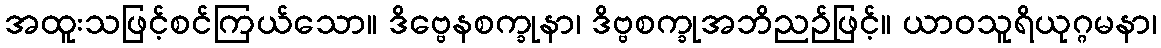
အထူးသဖြင့်စင်ကြယ်သော။ ဒိဗ္ဗေနစက္ခုနာ၊ ဒိဗ္ဗစက္ခုအဘိညဉ်ဖြင့်။ ယာဝသူရိယုဂ္ဂမနာ၊